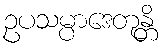
ဥပသမ္ပာဒေတုန္တိ